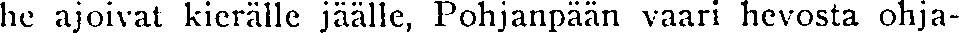
he ajoivat kierälle jäälle, Pohjanpään vaari hevosta ohja-